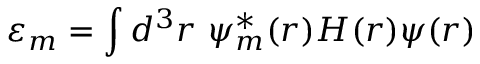
\varepsilon _ { m } = \int d ^ { 3 } r \ \psi _ { m } ^ { * } ( { \boldsymbol { r } } ) H ( { \boldsymbol { r } } ) \psi ( { \boldsymbol { r } } )